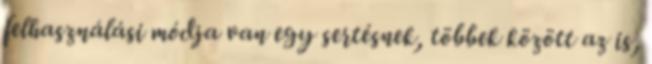
felhasználási módja van egy sertésnek, többek között az is,